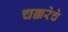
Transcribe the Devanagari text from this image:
चक्करेचे